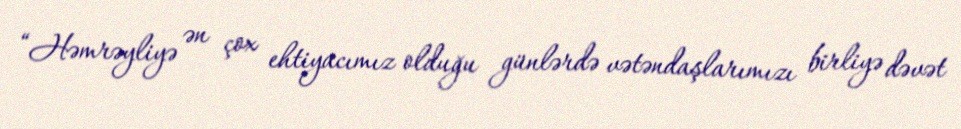
“Həmrəyliyə ən çox ehtiyacımız olduğu günlərdə vətəndaşlarımızı birliyə dəvət